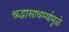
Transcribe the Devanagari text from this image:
श्रद्धासाधर्म्यामुळे